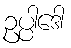
ဥပ္ပါဒေါ